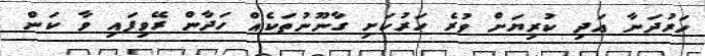
ހަރުދަނާ އަދި ކުރިޔަށް ވުރެ ހަރުކަށި ގާނޫނުތަކެއް ހަދާން ރޭވިފައި ވާ ކަން